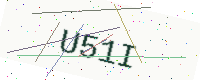
Text: U51I